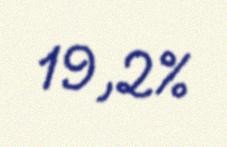
19,2%